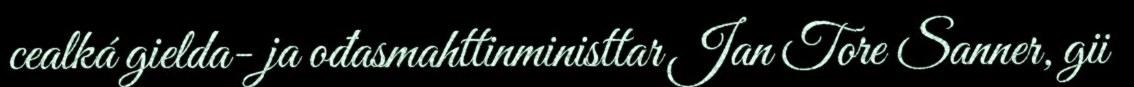
cealká gielda- ja ođasmahttinministtar Jan Tore Sanner, gii